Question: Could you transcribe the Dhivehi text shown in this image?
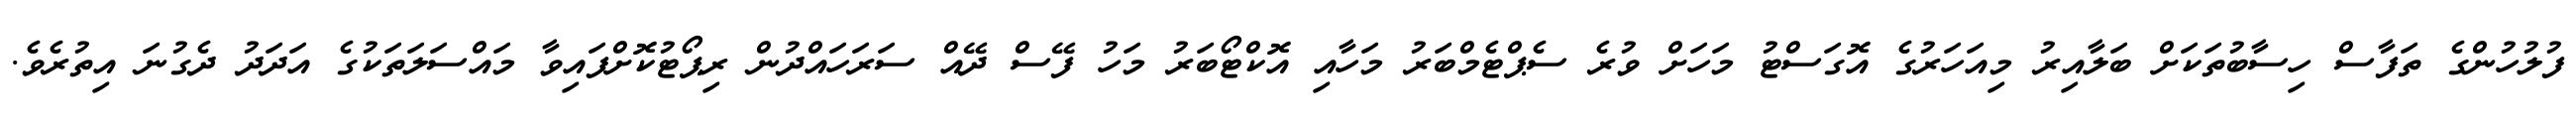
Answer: ފުލުހުންގެ ތަފާސް ހިސާބުތަކަށް ބަލާއިރު މިއަހަރުގެ އޮގަސްޓު މަހަށް ވުރެ ސެޕްޓެމްބަރު މަހާއި އޮކްޓޯބަރު މަހު ފޭސް ދޭއް ސަރަހައްދުން ރިޕޯޓުކޮށްފައިވާ މައްސަލަތަކުގެ އަދަދު ދެގުނަ އިތުރެވެ.